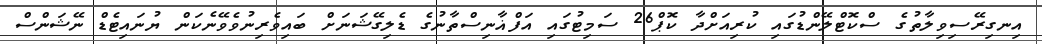
އިނގިރޭސިވިލާތުގެ ސްކޮޓްލޭންޑުގައި ކުރިއަށްދާ ކޮޕް26 ސަމިޓުގައި އަފްޣާނިސްތާނުގެ ޑެލިގޭޝަނަށް ބައިވެރިނުވެވޭނެކަން ޔުނައިޓެޑް ނޭޝަންސް